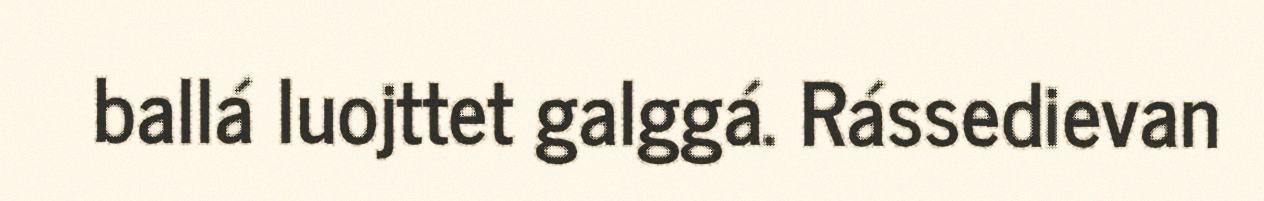
ballá luojttet galggá. Rássedievan